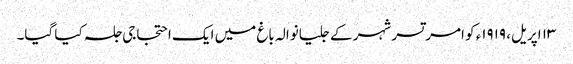
١٣ اپریل، ١٩١٩ء کو امرتسر شہر کے جلیانوالہ باغ میں ایک احتجاجی جلسہ کیا گیا۔